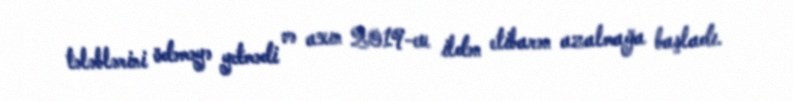
tələblərini ödəməyə yetmədi və axın 2019-cu ildən etibarən azalmağa başladı.